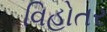
વિહોતર